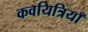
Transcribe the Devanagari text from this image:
कवयित्रियाँ